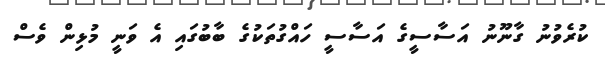
ކުރެވުނު ގާނޫނު އަސާސީގެ އަސާސީ ހައްގުތަކުގެ ބާބުގައި އެ ވަނީ މުޅިން ވެސް